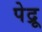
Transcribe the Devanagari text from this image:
पेद्रू